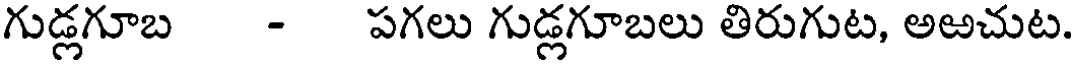
గుడ్లగూబ - పగలు గుడ్లగూబలు తిరుగుట, అఱచుట